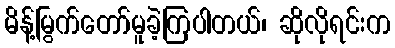
မိန့်မြွက်တော်မူခဲ့ကြပါတယ်၊ ဆိုလိုရင်းက